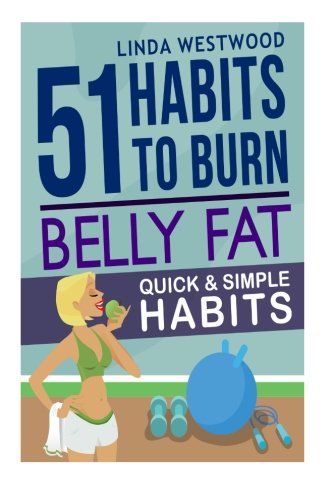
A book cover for Belly Fat: 51 Quick & Simple Habits to Burn Belly Fat & Tone Abs!; Linda Westwood; Health, Fitness & Dieting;